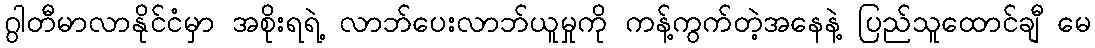
ဂွါတီမာလာနိုင်ငံမှာ အစိုးရရဲ့ လာဘ်ပေးလာဘ်ယူမှုကို ကန့်ကွက်တဲ့အနေနဲ့ ပြည်သူထောင်ချီ မေ